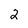
Character: 2